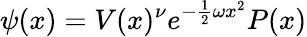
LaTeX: \psi(x)=V(x)^{\nu}e^{-\frac 12\omega x^{2}}P(x)